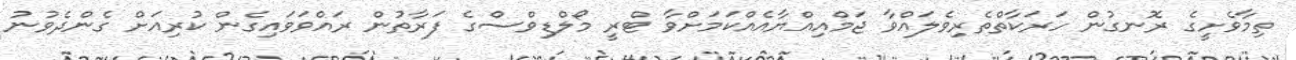
ތިމާވެށީގެ ރޮނގުން ހަރަކާތްތެރިވެލައްވާ ޖަމްއިއްޔާއެއްކަމަށްވާ ޓްރީ މޯލްޑިވްސްގެ ފަރާތުން ރައްވަވައިގެން ކުރިއަށް ގެންދެވުނު